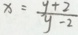
x = \frac { y + 2 } { y - 2 }